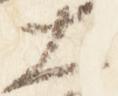
大